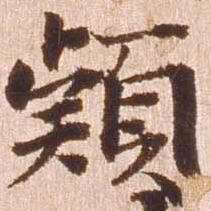
頴